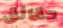
حقائق